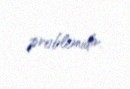
problemidir.